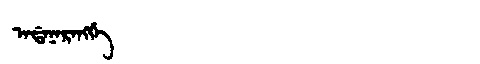
Manchu: ᠠᡩᠠᠨᠠᡵᠠᠩᡤᡝ
Romanization: ADANARANGGE